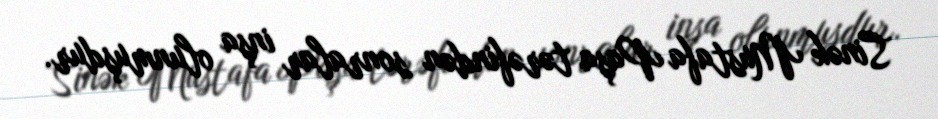
Sinək Mustafa Paşa tərəfindən sonralar inşa olunmuşdur.